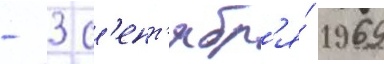
- 3 с'ент'ябр'я́ 1969